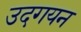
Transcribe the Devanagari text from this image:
उदगयन